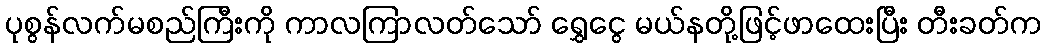
ပုစွန်လက်မစည်ကြီးကို ကာလကြာလတ်သော် ရွှေငွေ မယ်နတို့ဖြင့်ဖာထေးပြီး တီးခတ်က